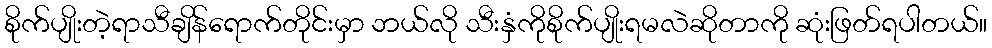
စိုက်ပျိုးတဲ့ရာသီချိန်ရောက်တိုင်းမှာ ဘယ်လို သီးနှံကိုစိုက်ပျိုးရမလဲဆိုတာကို ဆုံးဖြတ်ရပါတယ်။